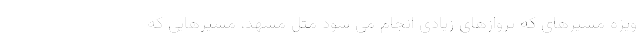
ویژه مسیرهای که پروازهای زیادی انجام می شود مثل مشهد، مسیرهایی که